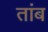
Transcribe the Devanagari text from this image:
तांब